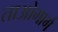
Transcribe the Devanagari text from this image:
ताओमार्ग